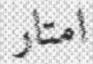
امتار